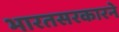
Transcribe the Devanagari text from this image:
भारतसरकारने